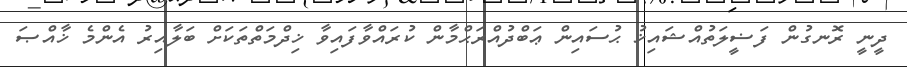
ދީނީ ރޮނގުން ފަޟީލަތުއްޝައިޚު ޙުސައިން ޢަބްދުއްރަޙްމާން ކުރައްވާފައިވާ ޚިދްމަތްތަކަށް ބަލާއިރު އެންމެ ޚާއްޞަ